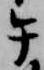
午